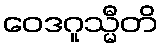
ဝေဒဂူသ္မီတိ